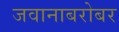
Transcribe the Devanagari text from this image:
जवानाबरोबर